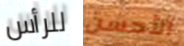
للرأس الأحسن